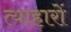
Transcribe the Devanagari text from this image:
त्याहारों